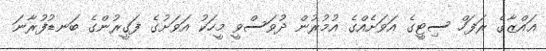
ޣައްޒާގެ ރަފަހް ސިޓީގެ އަވަށެއްގެ އުމުރުން ދުވަސްވީ މީހަކު އަވަށުގެ ފަގީރުންގެ ބަނޑުފުރާނަ